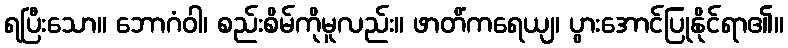
ရပြီးသော။ ဘောဂံဝါ၊ စည်းစိမ်ကိုမူလည်း။ ဖာတိံကရေယျ၊ ပွားအောင်ပြုနိုင်ရာ၏။